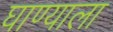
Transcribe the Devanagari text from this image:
घाण्याला